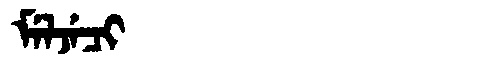
Manchu: ᠮᡝᠯᠵᡝᠴᡳ
Romanization: MELJECI